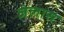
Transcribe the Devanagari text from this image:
जेलास